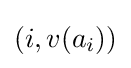
(i,v(a_{i}))